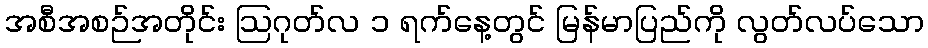
အစီအစဉ်အတိုင်း ဩဂုတ်လ ၁ ရက်နေ့တွင် မြန်မာပြည်ကို လွတ်လပ်သော